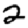
Digit: 2